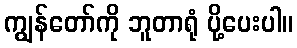
ကျွန်တော်ကို ဘူတာရုံ ပို့ပေးပါ။